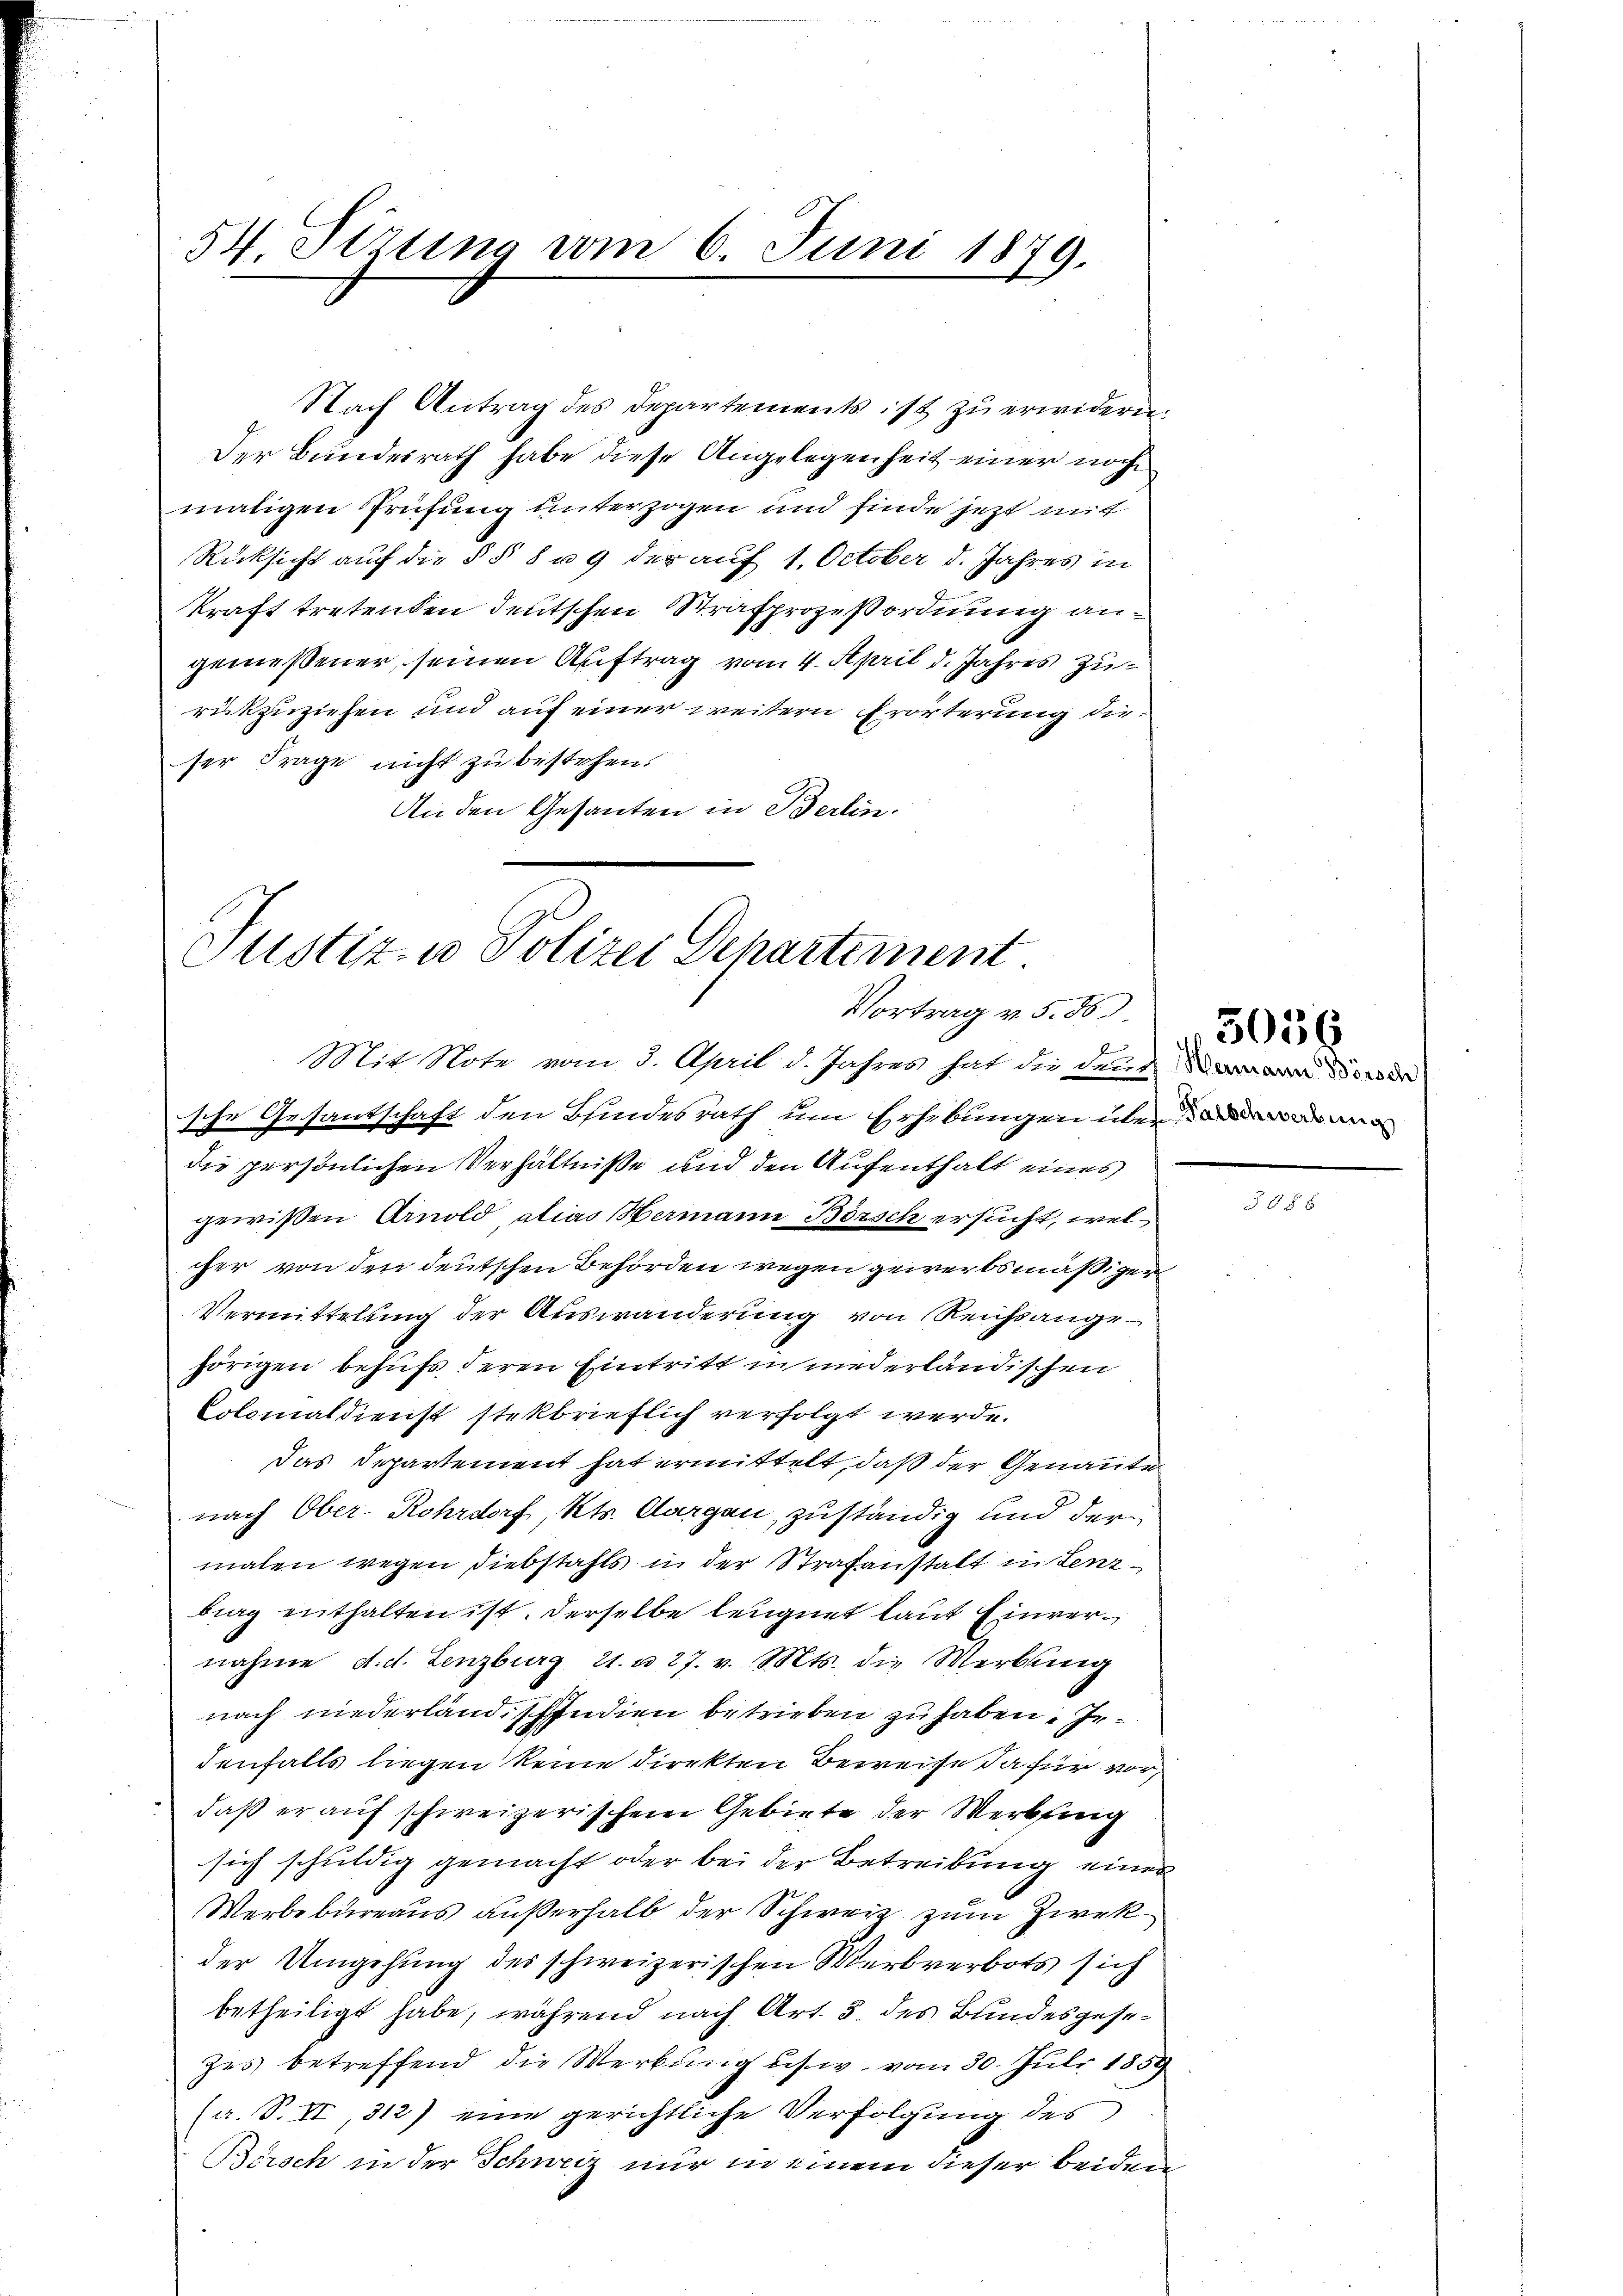
54 Sizung vom 6. Juni 1879.

Nach Antrag des Departements ist zu erwidern.
Der Bundesrath habe diese Angelegenheit einer noch
maligen Prüfung unterzogen und finde jetzt mit
Rücksicht auf die § § 8 u. 9 der auf 1. October d. Jahres in
kraft tretenden deutschen Strafprozeßordnung angemessener, seinen Auftrag vom 4. April d. Jahres zurückzuziehen und auf einer weitern Erörterung dieser Frage nicht zu bestehen.
An den Gesanten in Berlin.

sche Gesandschaft den Bundesrath um Erhebungen über
die persönlichen Verhältniße und den Aufenthalt eines
gewißen Arnold, alias Mermann Börsch ersucht, welcher von den deutschen Behörden wegen gewerbsmäßiger
Vermittelung der Auswanderung von Reichsangehörigen behufs deren Eintritt in niederländischen
Colomaldienst stekbrieflich verfolgt werde.
Das Departement hat ermittelt, daß der Genannte
E
nach Ober-Rohrdorf, Kts. Aargau, zuständig und der
malen wegen Diebstahls in der Strafanstalt in Lenzbrag enthalten ist. Derselbe leugnet laut Einvernahme d. d. Lenzburg 21. u 27. v. Mts. die Werbung
nach niederland, schondien betrieben zu haben. Indenfalls liegen keine direkten Beweise dafür vordaß er auf schweizerischem Gebiete der Werkfing
sich schuldig gemacht oder bei der Betreibung einer
Werbebureaus außerhalb der Schweiz zum Zwek
der Umgehung des schweizerischen Werbverbots sich
betheiligt habe, während nach Art. 3. des Bundesgesezes betreffend die Werbung usw. vom 30. Juli 1859
(a. S. VI, 312) eine gerichtliche Verfolgung des
Börsch in der Schweiz nur in einem dieser beiden

Justiz- u Polizei Departement.
Vortrag v. d. 163.
Mit Note vom 3. April d. Jahres hat die den Waare orde

3